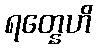
ရတ္နေဟိ